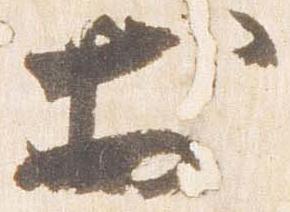
於